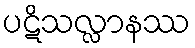
ပဋိသလ္လာနဿ